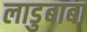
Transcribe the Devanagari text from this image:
लाडुबाबा